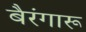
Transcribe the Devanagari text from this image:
बैरंगारू